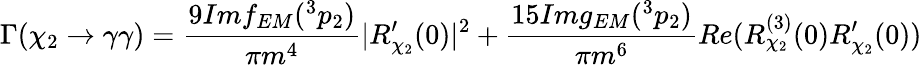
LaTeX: \Gamma(\chi_{2}\rightarrow\gamma\gamma)=\frac{9Imf_{EM}(^{3}p_{2})}{\pi m^{4}}|R_{\chi_{2}}^{\prime}(0)|^{2}+\frac{15Img_{EM}(^{3}p_{2})}{\pi m^{6}}Re(R_{\chi_{2}}^{(3)}(0)R_{\chi_{2}}^{\prime}(0))